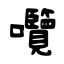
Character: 囕